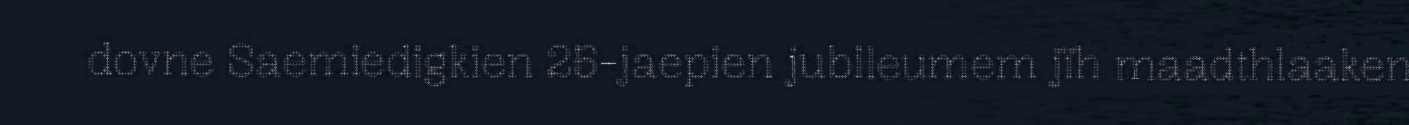
dovne Saemiedigkien 25-jaepien jubileumem jïh maadthlaaken